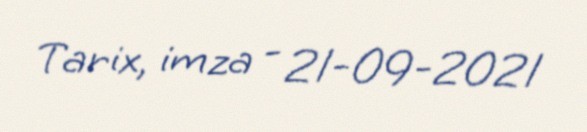
Tarix, imza - 21-09-2021